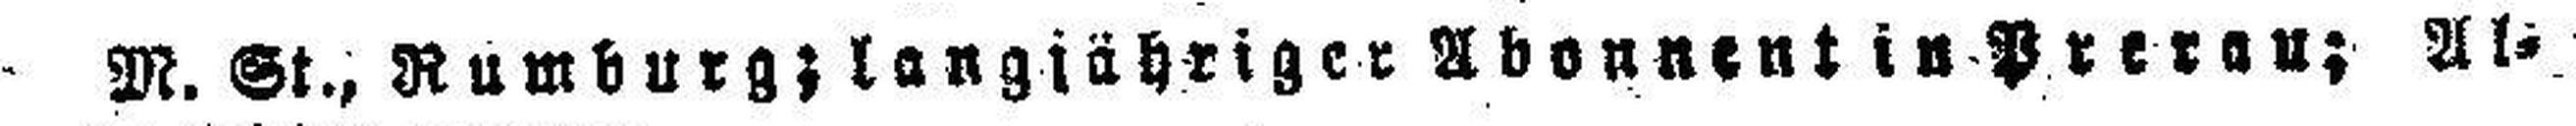
M. St., Rumburg; langjähriger Abonnent in Prerau; Al¬